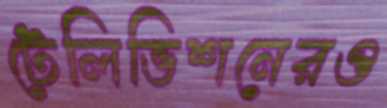
টেলিভিশনেরও